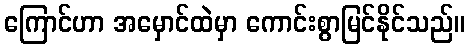
ကြောင်ဟာ အမှောင်ထဲမှာ ကောင်းစွာမြင်နိုင်သည်။